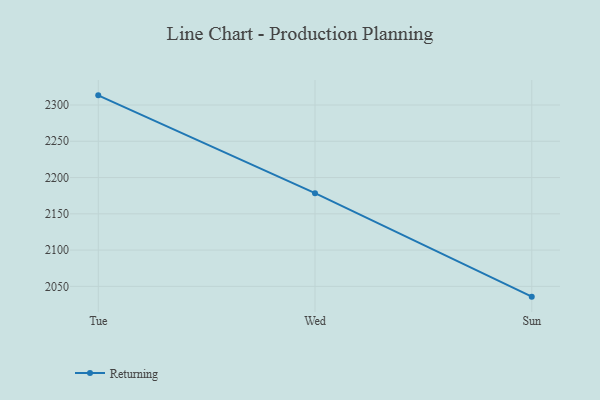
{"axis": {"x": "Day", "y": "Humidity (%)"}, "legend": ["Returning"], "data": [{"x": "Tue", "y": 2313.3, "type": "Returning"}, {"x": "Wed", "y": 2178.4, "type": "Returning"}, {"x": "Sun", "y": 2035.8, "type": "Returning"}]}